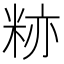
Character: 𬖛